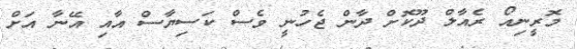
މޮރީނިއޯ ރެއާލް ދޫކޮށް ދާން ޖެހުނީ ވެސް ކަސިޔާސް އާއި އޭނާ އަށް